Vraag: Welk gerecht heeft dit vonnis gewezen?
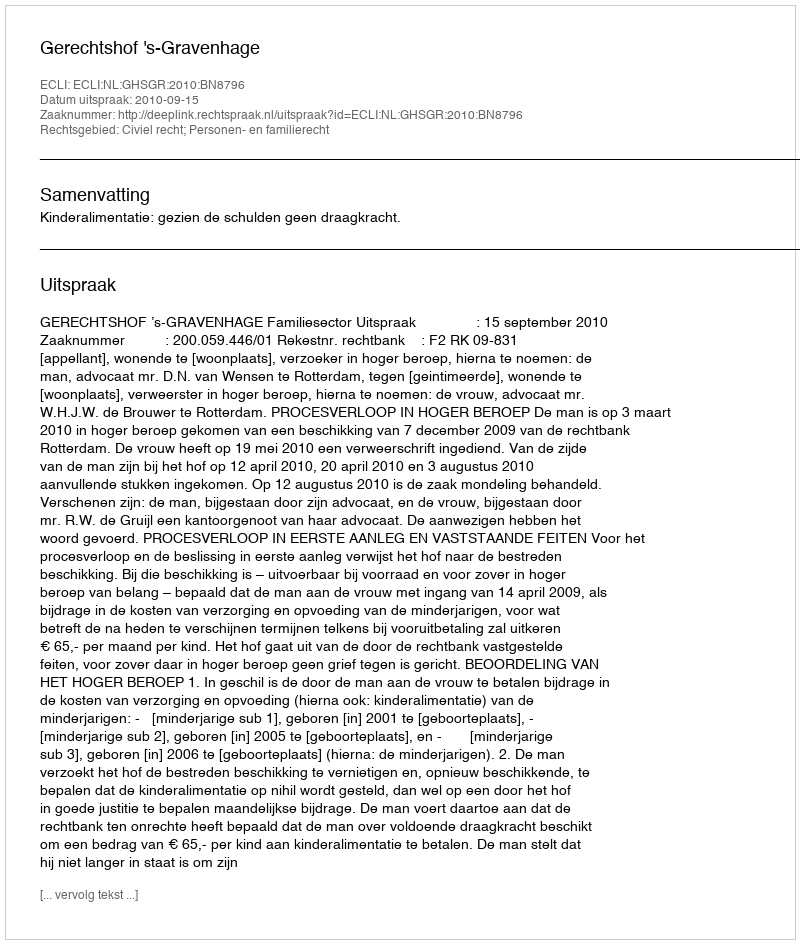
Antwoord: Gerechtshof 's-Gravenhage